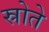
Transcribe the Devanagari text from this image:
स्रोते